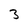
Character: 3